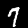
Digit: 7